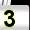
Digit: 3